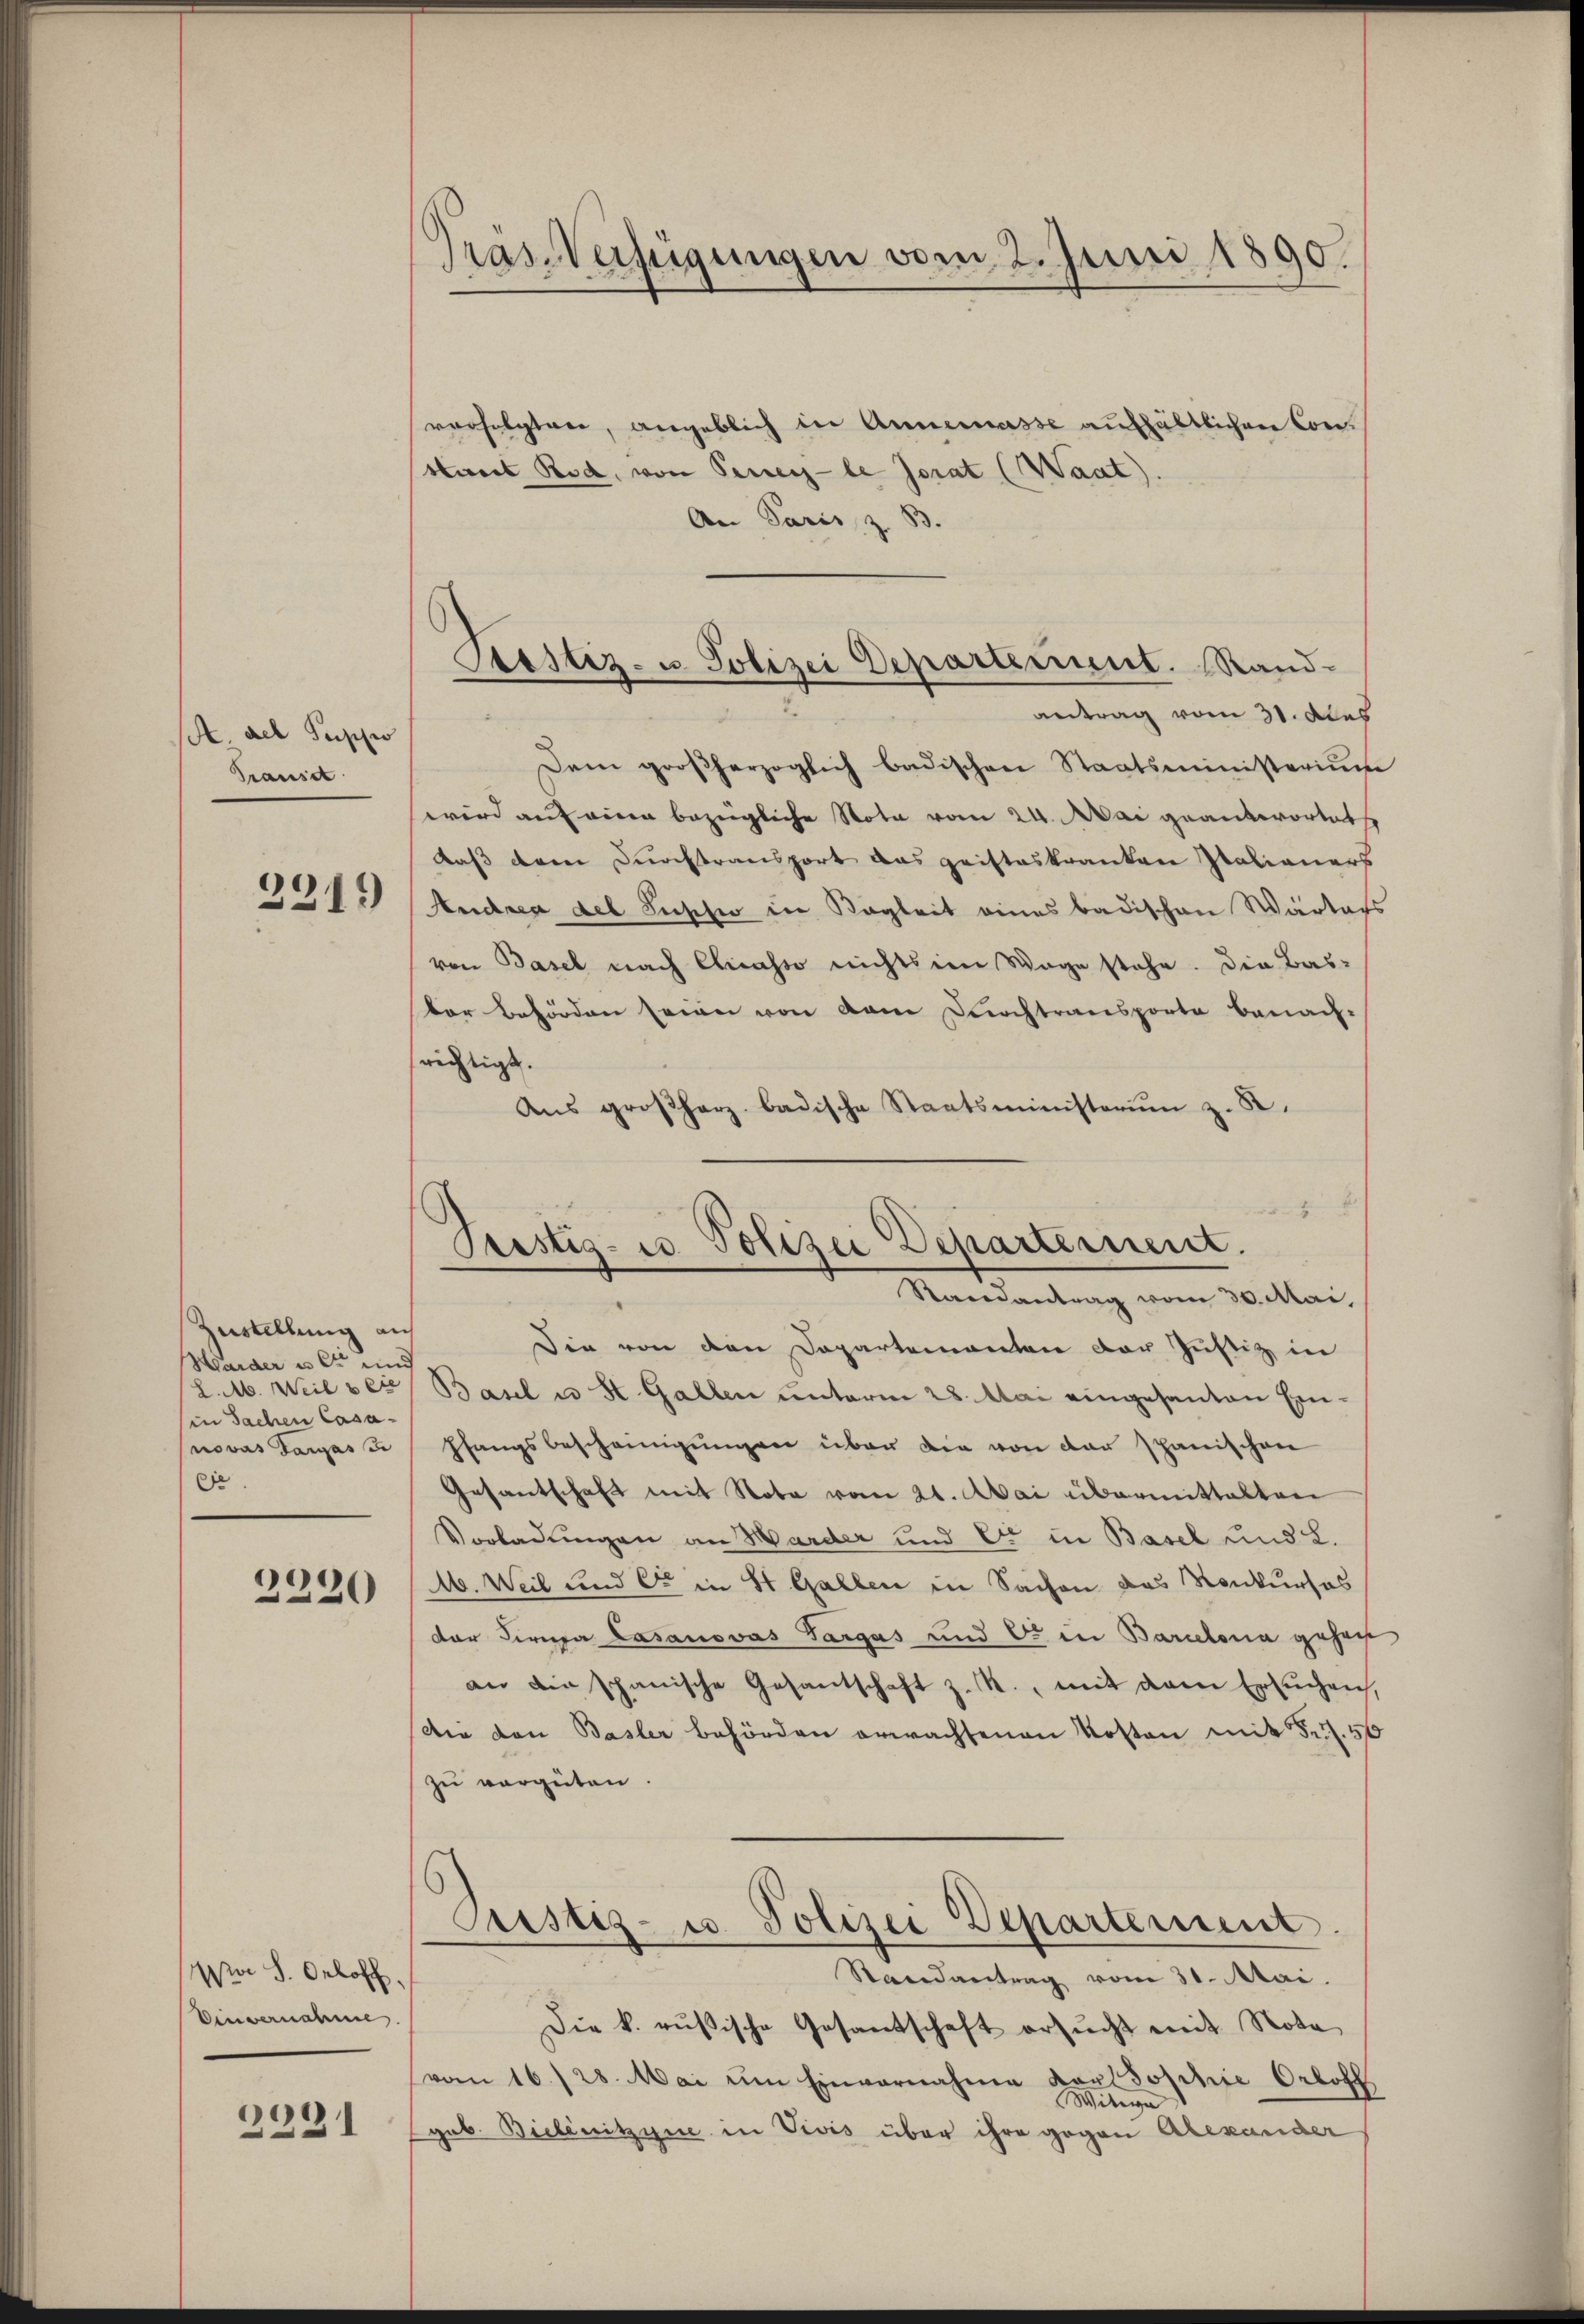
A. ael Puppi
Transit

231)

Zustellung auf
Harder u. er und
in Sachen Casanovas darasse
e

2230

Ma S. Oeloff
Einvernahme.

2231

Pras-Verfügungen vom 2. Juni 1890.

verfolgten, angeblich in Annemasse aufhältlichen Con¬
Haut Rod, von Perey-le Jorat (Waat).
An Paris, z. B.
antrag vom 31. das
Dem großherzoglich badischen Staatsministerium
wird auf eine bezügliche Nota vom 24. Mai geantwortet
Daß dem Durchtransport das geisteskranken Italianers
Andrea del Pusche in Begleit eines badischen Wartags
von Basel nach Chicasso nichts im Wege stehe. Die Bas-
der Behörden seinen von dem Durchtransporte benach-
richtigt.
Aŭs groβharz badische Staatsministerŭm z. B.
4
Randantrag vom 30. Mai,
Die von den Departementen der Justiz in
L.M. Weil ser Basel u St. Gallen unterm 28. Mai eingesanten Ein¬
Pfangsbescheinigungen über die von der spanischen
Gesantschaft mit Nota vom 21. Mai übermittalten
Vorladungen an Warder und Er in Basel und L.
16. Weil und er in St. Gallen in Sachen das Konkurses
der Firnja Lasanovas Targas und 6. in Barcelona gehent
an die schanische Gesantschaft z. R., mit dem Ersuchen,
Die von Basler behörden erwachsenen Kosten mit Fr. 50
zu vergüten.
Aristiz- u. Polizei Departement.
Randantrag vom 31. Mai.
Die k. rußische Gesandschaft ersucht mit Nota
vom 16./28. Mai um Einvernahme Karlsophie Ortoff
Witwe
geb. Bielenitzine in Vivis über ihre gegen Alexander

Bestiz- u. Polizei Departement. (Rand-

Prestig- u. Polizei Departement.